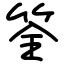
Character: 筌